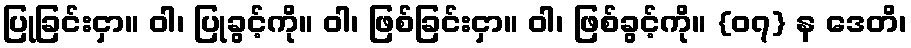
ပြုခြင်းငှာ။ ဝါ၊ ပြုခွင့်ကို။ ဝါ၊ ဖြစ်ခြင်းငှာ။ ဝါ၊ ဖြစ်ခွင့်ကို။ {၀၇} န ဒေတိ၊